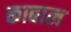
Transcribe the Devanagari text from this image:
काबाल